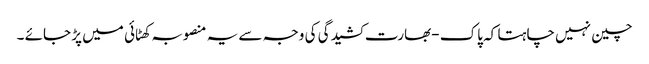
چین نہیں چاہتا کہ پاک -بھارت کشیدگی کی وجہ سے یہ منصوبہ کھٹائی میں پڑ جائے ۔